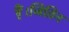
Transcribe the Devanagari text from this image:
हैं।जितिन